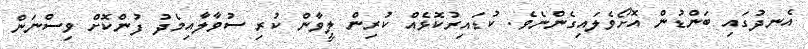
އެނދުގައި ބަންޑުން އޮށޯވެލައިގެންނެވެ. ކުޑައިރުކޮޅެއް ކުރިން ލީވާން ކުރި ސުވާލާއިމެދު ފުންކޮށް ވިސްނަން